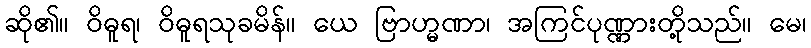
ဆို၏။ ဝိဓူရ၊ ဝိဓူရသုခမိန်။ ယေ ဗြာဟ္မဏာ၊ အကြင်ပုဏ္ဏားတို့သည်။ မေ၊